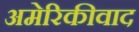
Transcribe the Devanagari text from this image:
अमेरिकीवाद